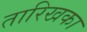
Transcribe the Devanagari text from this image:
तारिखका